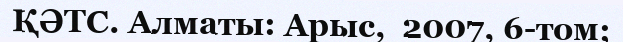
ҚӘТС. Алматы: Арыс,  2007, 6-том;